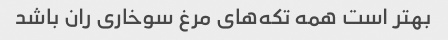
بهتر است همه تکه‌های مرغ سوخاری ران باشد